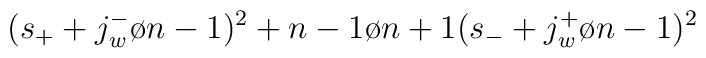
(s_+ + {{j_w^-}\o {n-1}})^2 + {{n-1}\o {n+1}}(s_- + {{j_w^+}\o {n-1}})^2